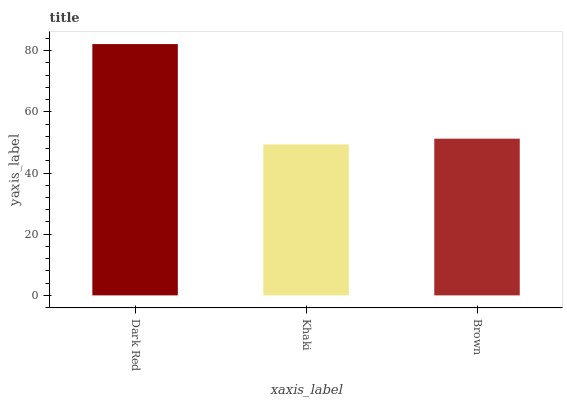
| xaxis_label | bars |
 | --- | --- |
 | Dark Red | 82.2 |
 | Khaki | 49.4 |
 | Brown | 51.2 |